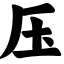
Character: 压